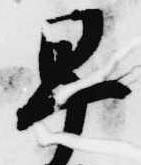
早